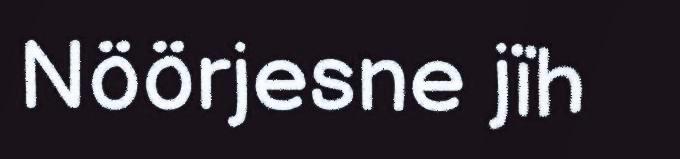
Nöörjesne jïh